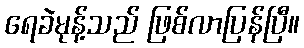
ရေခဲမုန့်သည် ဖြစ်လာပြန်ပြီ။